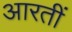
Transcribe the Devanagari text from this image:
आरतीं